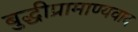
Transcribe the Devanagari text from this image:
बुद्धीप्रामाण्यवाद